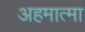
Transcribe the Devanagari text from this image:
अहमात्मा